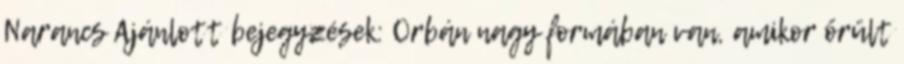
Narancs Ajánlott bejegyzések: Orbán nagy formában van, amikor őrült